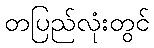
တပြည်လုံးတွင်